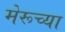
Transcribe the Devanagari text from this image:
मेरूच्या